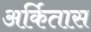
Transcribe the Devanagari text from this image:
अर्कितास